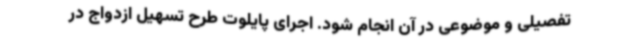
تفصیلی و موضوعی در آن انجام شود. اجرای پایلوت طرح تسهیل ازدواج در